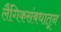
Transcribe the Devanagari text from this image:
लैंगिकसंबधातून